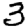
Digit: 3